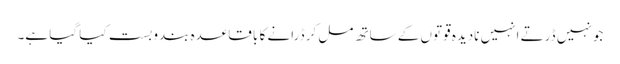
جو نہیں ڈرتے انہیں نادیدہ قوتوں کے ساتھ مل کر ڈرانے کا با قاعدہ بندوبست کیا گیا ہے۔